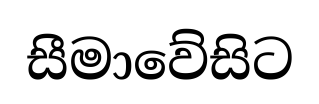
සීමාවේසිට